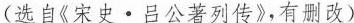
（选自《宋史·吕公著列传》，有删改）